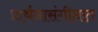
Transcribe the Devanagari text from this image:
प्रार्थनासंगीतात